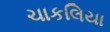
ચાકલિયા